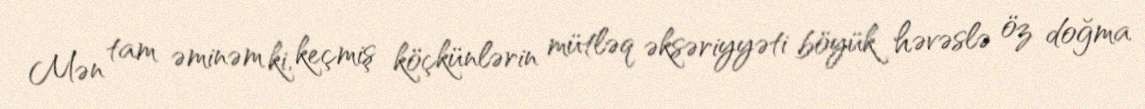
Mən tam əminəm ki, keçmiş köçkünlərin mütləq əksəriyyəti böyük həvəslə öz doğma